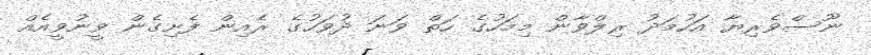
ނޫސްވެރިޔާ އަހުމަދު ރިލްވާން މިމަހުގެ ހަތް ވަނަ ދުވަހުގެ ރެއިން ފެށިގެން ވީނުވީއެއް